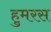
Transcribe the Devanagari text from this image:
हुमरस